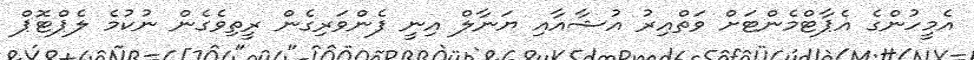
އެމީހުންގެ އެޕާޓްމެންޓަށް ވަތްއިރު އުޝާއާއި ޔަނާލް އިނީ ފެންވަރިގެން ރީތިވެގެން ނުކުމެ ލެޕްޓޮޕް